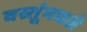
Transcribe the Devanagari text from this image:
वस्तूंमधले